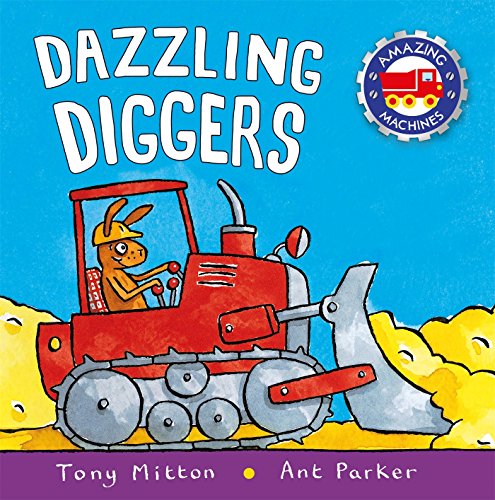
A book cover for Dazzling Diggers (Amazing Machines); Tony Mitton; Children's Books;